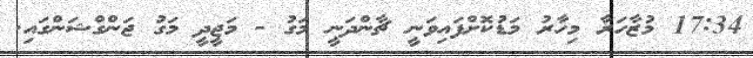
17:34 މުޒާހަރާ މިހާރު މަޑުކޮށްފައިވަނީ ޗާންދަނީ މަގު - މަޖީދީ މަގު ޖަންގްޝަންގައި.